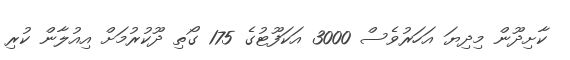
ކާށިދޫން މިދިޔަ އަހަރުވެސް 3000 އަކަފޫޓުގެ 175 ގޯތި ދޫކުރުމަށް އިއުލާން ކުރި